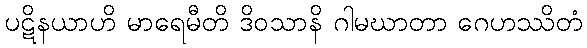
ပဋိနယာဟိ မာရေမီတိ ဒိဝသာနိ ဂါမဃာတာ ဂေဟဿိတံ